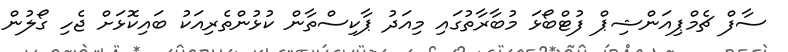
ސާފް ޗެމްޕިއަންޝިޕް ފުޓްބޯޅަ މުބާރާތުގައި މިއަދު ޕާކިސްތާން ކުޅުންތެރިއަކު ބައިކޮޅަށް ޖެހި ގޯލުން